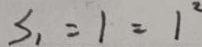
S _ { 1 } = 1 = 1 ^ { 2 }